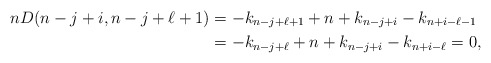
\begin{align*} n D(n-j+i, n-j+\ell+1)&=-k_{n-j+\ell+1}+n+k_{n-j+i}-k_{n+i-\ell-1}\\ &=-k_{n-j+\ell}+n+k_{n-j+i}-k_{n+i-\ell}=0, \end{align*}